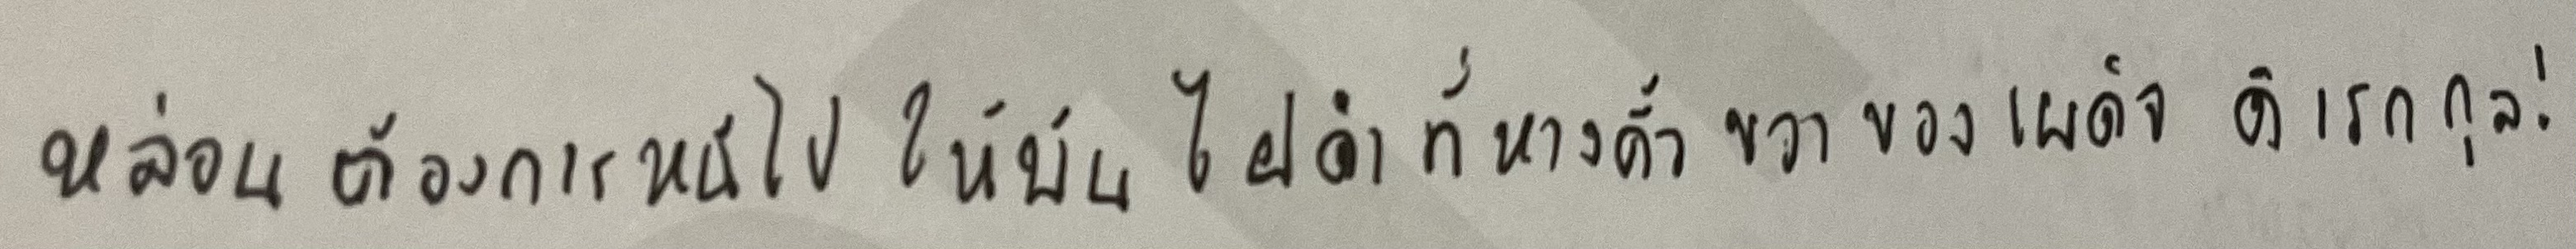
หล่อนต้องการหนีไปให้พ้นไฝดำที่หางคิ้วขวาของเผด็จ ดิเรกกุล!